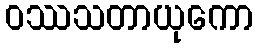
ဝဿသတာယုကော